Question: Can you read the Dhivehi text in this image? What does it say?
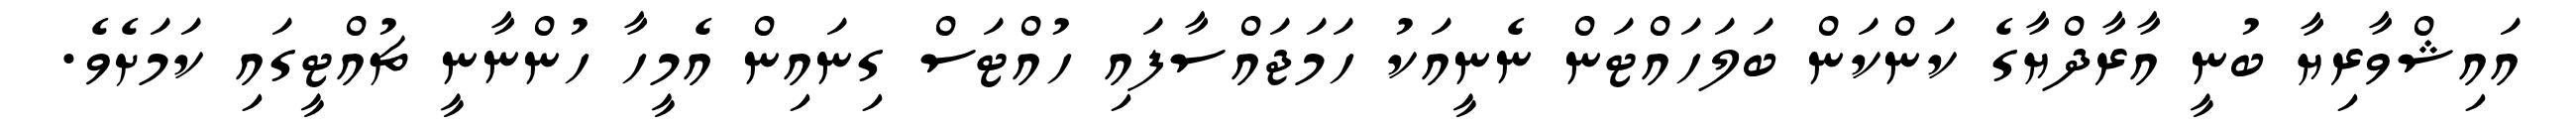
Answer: އައިޝްވާރިޔާ ބުނީ އާރާދްޔާގެ ކަންކަން ބަލަހައްޓަން ނެނީއަކު ހަމަޖައްސާފައި ހުއްޓަސް ގިނައިން އެމީހާ ހުންނާނީ ޗުއްޓީގައި ކަމަށެވެ.